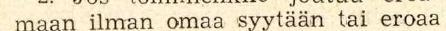
maan ilman omaa syytään tai eroaa